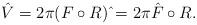
LaTeX: \begin{align*}\hat V=2\pi(F\circ R)\,\hat{}=2\pi\hat F\circ R.\end{align*}